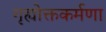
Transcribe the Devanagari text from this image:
गृह्योक्तकर्मणा